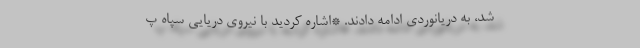
شد، به دریانوردی ادامه دادند. *اشاره کردید با نیروی دریایی سپاه پ